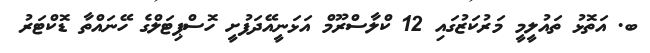
ބ. އަތޮޅު ތައުލީމީ މަރުކަޒުގައި 12 ކްލާސްރޫމް އަޅަނީއޭދަފުށީ ހޮސްޕިޓަލްގެ ހޭނައްތާ ޑޮކްޓަރު